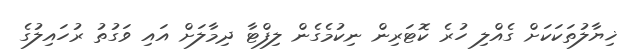
ޚިޔާލުތަކަކަށް ގެއްލި ހުރެ ކޮޓަރިން ނިކުމެގެން ލިފްޓާ ދިމާލަށް އައި ވަގުތު ރުހައިލުގެ